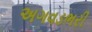
અગવડભરી